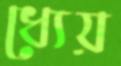
ধ্যেয়